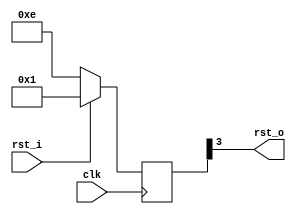
module reset_stretcher
#(
    parameter PERIOD = 4,
    parameter RST_POL = 1
)
(
    input clk,
    input rst_i,
    output wire rst_o
);

reg [PERIOD-1:0] flipflops;

always @(posedge clk) begin
    if (rst_i == RST_POL) begin
        flipflops <= {PERIOD{RST_POL}};
    end else begin
        flipflops <= {flipflops[PERIOD-2:0], ~RST_POL};
    end
end

assign rst_o = flipflops[PERIOD-1];

endmodule